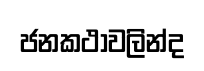
ජනකථාවලින්ද